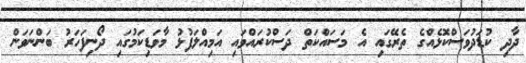
ދާދި ކުޑަދުވަސްކޮޅެއްގެ ތެރޭގައި އެ މަސައްކަތް ދަސްކުރައްވައި އަމިއްލަފުޅު މާވަޑިކަމުގައި ދޯނިފަހަރު ބަންނަވަން